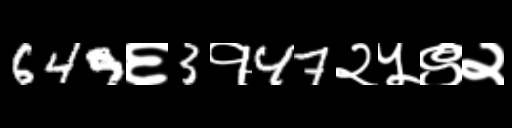
Text: 649६3१47२५९२